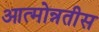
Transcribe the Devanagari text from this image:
आत्मोन्नतीस